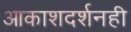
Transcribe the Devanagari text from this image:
आकाशदर्शनही